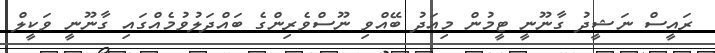
ރައީސް ނަޝީދު ގާނޫނީ ޓީމުން މިއަދު ބޭއްވި ނޫސްވެރިންގެ ބައްދަލުވުމެއްގައި ގާނޫނީ ވަކީލް